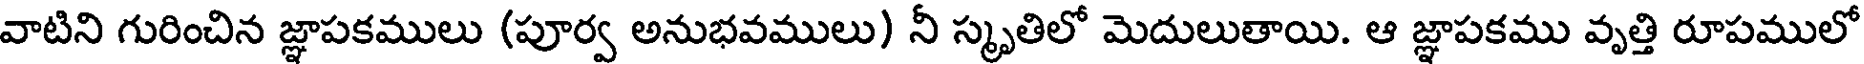
వాటిని గురించిన జ్ఞాపకములు (పూర్వ అనుభవములు) నీ స్మృతిలో మెదులుతాయి. ఆ జ్ఞాపకము వృత్తి రూపములో